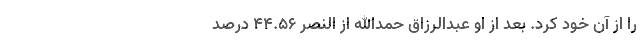
را از آن خود کرد. بعد از او عبدالرزاق حمدالله از النصر ۴۴.۵۶ درصد